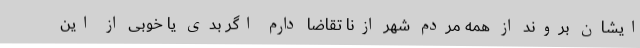
ایشان بروند از همه مردم شهر ازنا تقاضا دارم اگر بدی یا خوبی از این